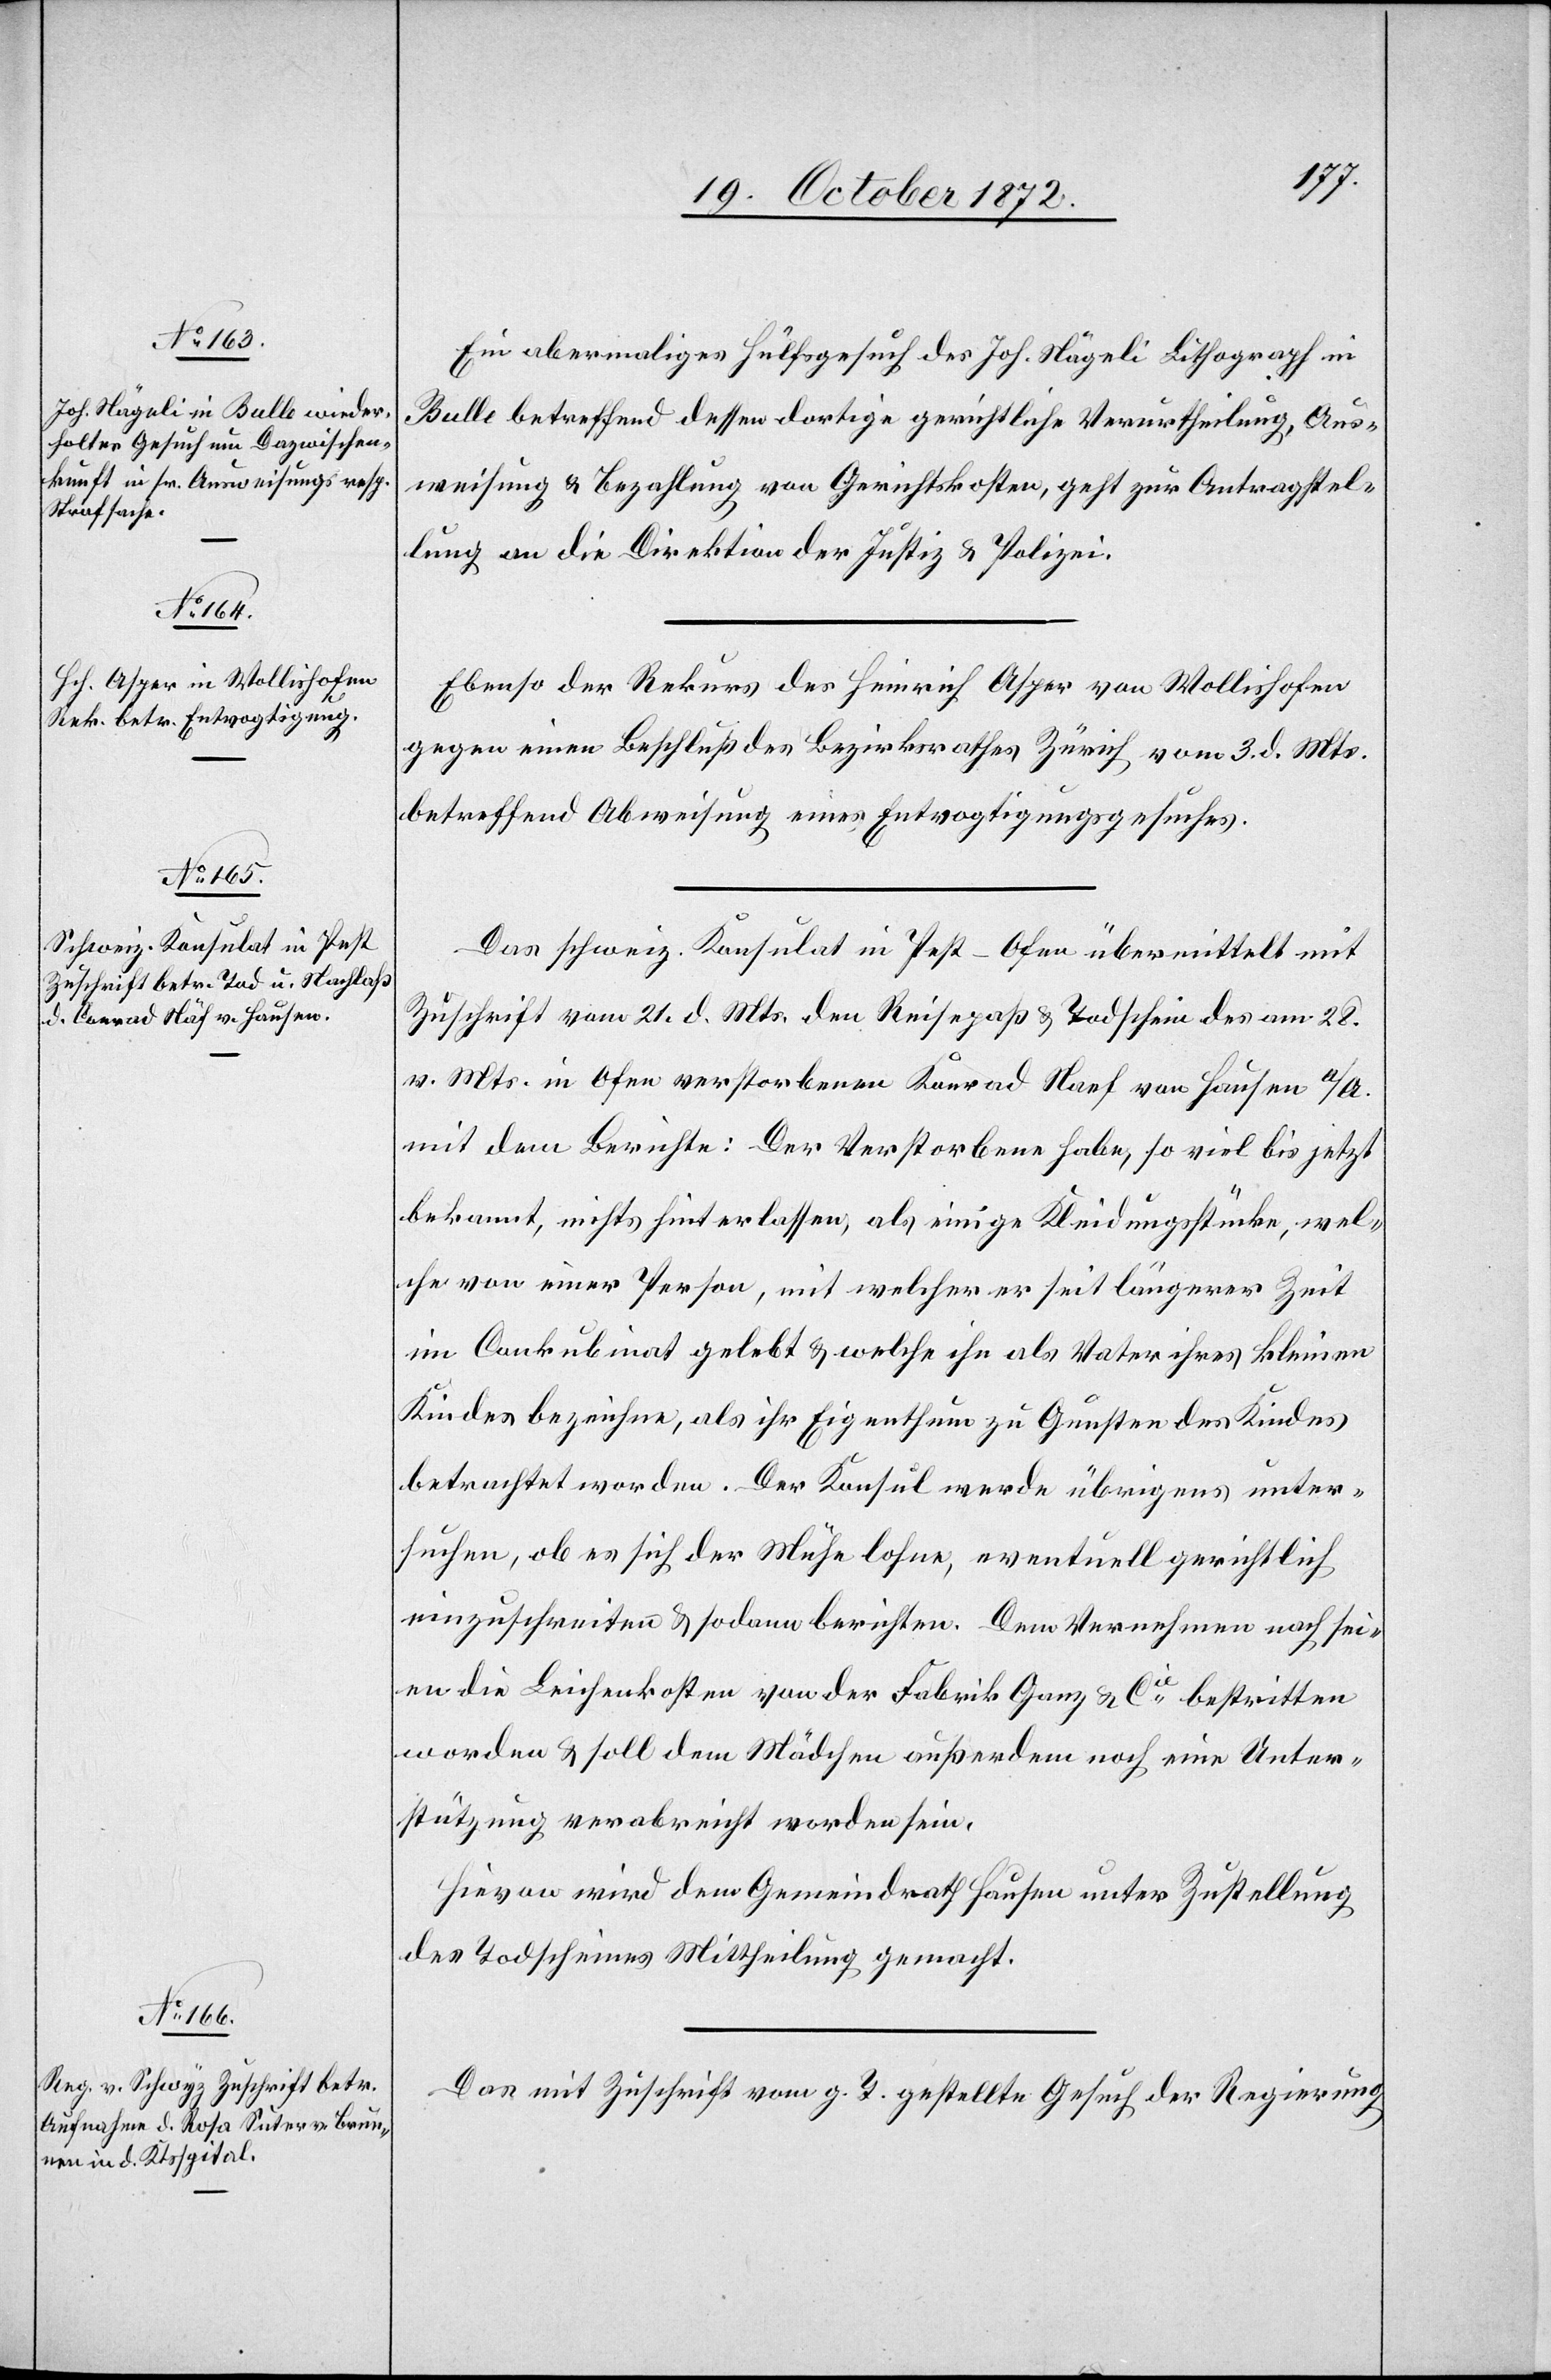
24. October 1872.]
Ein abermaliges Hülfsgesuch des Joh. Nägeli Lithograph in
Bulle betreffend dessen dortige gerichtliche Verurtheilung, Aus¬
weisung u. Bezahlung von Gerichtskosten, geht zur Antragstel¬
lung an die Direktion der Justiz u. Polizei.
Ebenso der Rekurs des Heinrich Asper von Wollishofen
gegen einen Beschluß des Bezirksrathes Zürich vom 3. d. Mts.
betreffend Abweisung eines Entvogtigungsgesuches.
Das schweiz. Konsulat in Pest-Ofen übermittelt mit
Zuschrift vom 21. d. Mts. den Reisepaß u. Todschein des am 28.
v. Mts. in Ofen verstorbenen Konrad Naef von Hausen a/A.
mit dem Berichte: Der Verstorbene habe, so viel bis jetzt
bekannt, nichts hinterlassen, als einige Kleidungsstücke, wel¬
che von einer Person, mit welcher er seit längerer Zeit
im Conkubinat gelebt u. welche ihn als Vater ihres kleinen
Kindes bezeichne, als ihr Eigenthum zu Gunsten des Kindes
betrachtet worden. Der Konsul werde übrigens unter¬
suchen, ob es sich der Mühe lohne, eventuell gerichtlich
einzuschreiten u. sodann berichten. Dem Vernehmen nach sei¬
en die Leichenkosten von der Fabrik Ganz u. Cie bestritten
worden u. soll dem Mädchen außerdem noch eine Unter¬
stützung verabreicht worden sein.
Hievon wird dem Gemeindrath Hausen unter Zustellung
des Todscheines Mittheilung gemacht.
Das mit Zuschrift vom g. T. gestellte Gesuch der Regierung